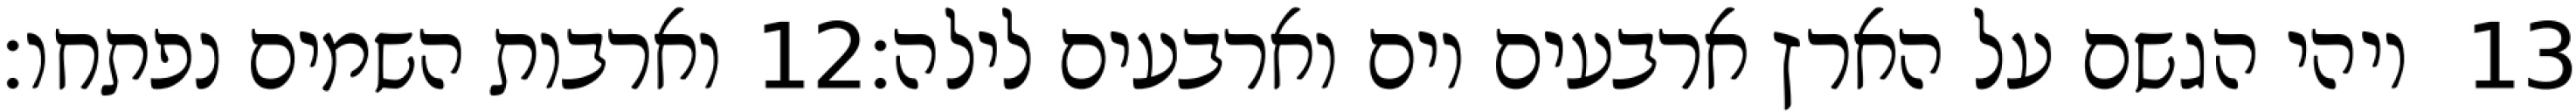
וארבות השמים נפתחו׃ ‎12‏ ויהי הגשם על הארץ ארבעים יום וארבעים לילה׃ ‎13‏